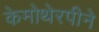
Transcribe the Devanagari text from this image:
केमोथेरपीने